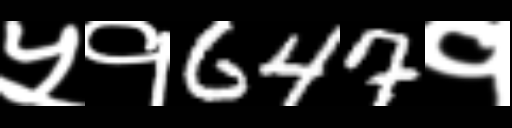
Text: ५१647१